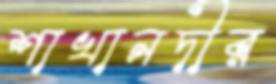
শাখানদীর